Cholera in India, 1862 to 1881
Year: 1862
Disease focus: Cholera
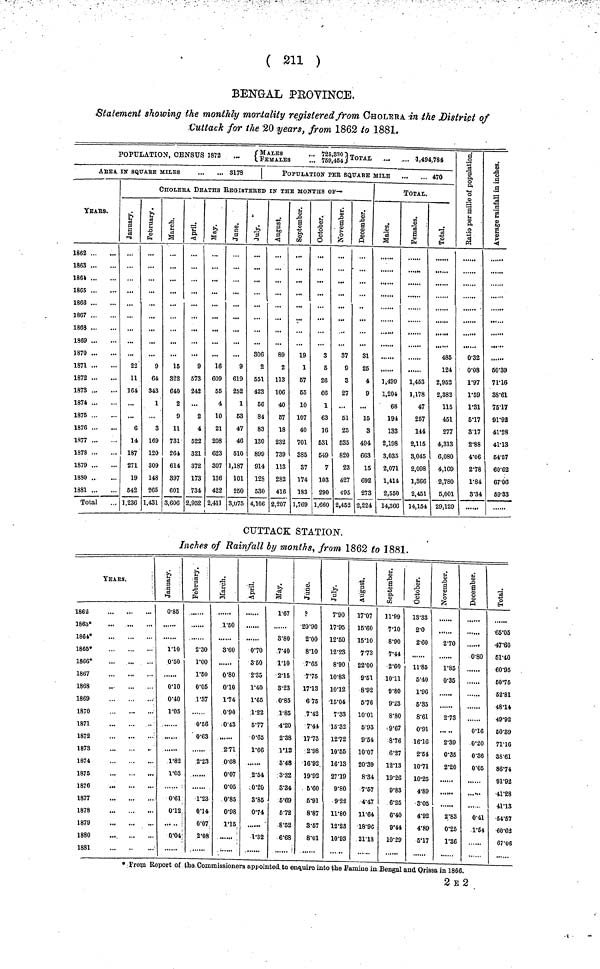
( 211 )
BENGAL PROVINCE,
Statement showing the monthly mortality registered from CHOLERA in the District of
Cuttack for the 20 years, from 1862 to 1881.
POPULATION, CENSUS 1872 ... { MALES ... 725,330. FEMALES ... 759,454} TOTAL ... ... 1,494,784
AREA IN SQUARE MILES
8178
YEARS.
1862
1863
1864
1865
1866
1867
1868
1869
1870
1871
1872
1873
1874
1875
1876
1877
1878
1879
1830
1881
Total
POPULATION PER SQUARE MILE ...
... 470
CHOLERA DEATHS REGISTERED IN THE MONTHS OF—
January.
22
11
164
6
14
187
271
19
542
1,236
February.
9
64
343
1
3
169
120
309
148
265
1,431
March.
15
322
640
2
9
11
731
264
614
397
601
3,606
April.
9
573
242
...
2
4
522
321
372
173
734
2,952
May.
16
609
65
4
10
21
208
623
307
136
422
2,411
June.
9
619
252
1
53
47
46
510
1,187
101
250
3,075
July.
306
2
551
423
56
84
83
130
899
914
128
530
4,106
August.
89
2
113
106
40
57
18
232
739
113
282
416
2,207
September.
19
1
67
65
10
107
40
701
385
37
174
183
1,769
October.
3
5
26
66
1
63
16
531
549
7
103
290
1,660
November
37
9
3
27
51
25
535
820
23
427
495
2,452
December.
31
25
4
9
...
15
3
494
663
15
692
273
2,22
TOTAL.
Males.
1,499
1,204
68
194
133
2,198
3,035
2,071
1,414
2,55
14,36
Females.
1,453
1,178
47
257
144
2,115
3,045
2,098
1,366
2,451
14,154
Total.
4.85
1.24
2.952
2,382
115
451
277
4,313
6,080
4,169
2,780
5,001
29,12
0.32
0.03
1.97
1.59
1.31
5.17
3.17
2.88
4.06
2.78
1.84
3.34
Average rainfall in inches.
.11
50.39
71.16
38.61
75.17
91.93
41.28
41.13
64.57
60.62
67.06
59.33
CUTTACK STA.TION.
Inches of Rainfall by months, from 1862 to 1881.
TEArS.
1862
1863*
1864*
1865*
1866*
1867
1868
1869
1870
1871
1872
1873
1874
1875
1876
1877
1878
1879
1880
1881
January.
0.85
1.10
0.50
0.01
0.40
1.05
1.82
1.03
0.61
0.12
0.04
February.
2.30
1.00
1.50
0.05
1.37
0.56
0.63
2.23
1.23
0.14
0.07
2.08
March.
1.50
3.60
0.80
0.01
1.74
0.90
0.43
.
2.71
0.68
0.07
0.05
0.85
0.98
1.15
April.
0.70
3.50
2.35
1.40
1.65
1.22
5.77
0.65
1.66
..
2.54
0.20
3.85
0.74
1.32
May.
1.67
3.80
7.40
1.10
2.15
3.23
0.85
1.85
4.20
2.38
1.12
3.48
3.32
3.34
6.69
6.72
8.52
6.68
June.
P
20.90
2.00
8.10
7.65
7.75
17.13
6.75
7.42
7.44
17.73
2.98
16.92
19.92
6.60
6.91
8.87
3.67
8.01
July.
7.90
17.95
12.60
12.23
8.90
10.83
10.12
15.04
7.33
15.32
12.72
10.55
16.13
27.19
9.80
9.22
11.80
12.23
10.93
August.
17.07
16.60
15.10
7.73
22.00
9.51
8.92
5.76
10.01
5.93
9.54
10.07
20.39
8.34
7.67
4.47
11.64
18.96
21.18
September.
11.99
7.10
8.90
7.44
2.60
10. 11
9.80
9.23
8.80
9.67
8.76
6.27
12.13
19.26
9.88
6.25
6.40
9.44
10.29
October.
13.33
2.0
2.60
11.85
5.40
1.96
5.35
8.61
0.91
16.16
2.54
10.71
10.25
4.89
3.05
4.92
4.89
5.17
November.
2.70
1.85
0.35
2.73
2.39
0.35
2.20
2.83
0.26
1.36
December.
080
......
0.16
0.20
0.36
0.05
0.41
1.64
Total.
65.05
47.60
51.40
60.95
60.75
62.81
48.14
49.92
60.89
71.16
38.61
86.74
91.92
41.28
41.13
54.67
60.62
67.06
* From Report of the Commissioners appointed to enquire into the Famine in Bengal and Orissa in 1866.
2 E 2